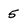
Character: 5